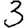
Digit: 3